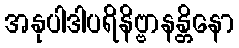
အနုပါဒါပရိနိဗ္ဗာနန္တိနော